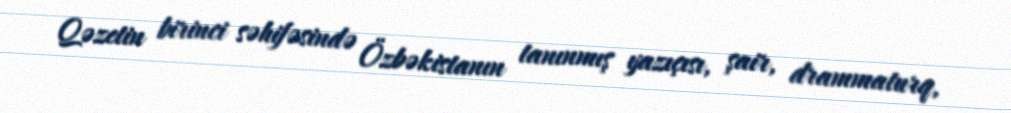
Qəzetin birinci səhifəsində Özbəkistanın tanınmış yazıçısı, şair, drammaturq,